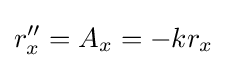
r''_{x}=A_{x}=-kr_{x}